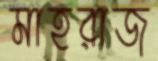
মাহরাজ